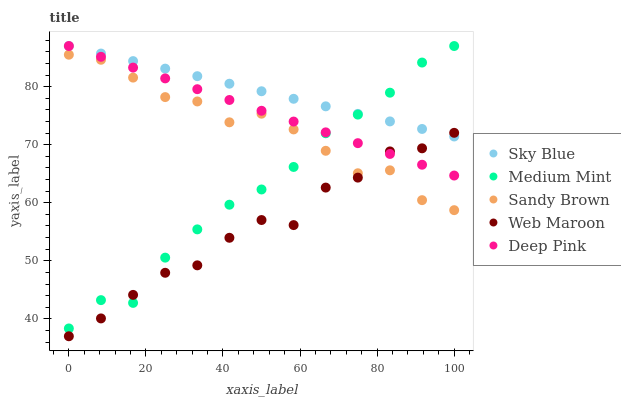
| xaxis_label | Sky Blue | Medium Mint | Sandy Brown | Web Maroon | Deep Pink |
 | --- | --- | --- | --- | --- | --- |
 | 0 | 87 | 38.3 | 85.5 | 37 | 87 |
 | 8.33 | 85.7 | 43.2 | 84.6 | 40.1 | 85.1 |
 | 16.7 | 84.4 | 42.7 | 81.6 | 44.1 | 83.3 |
 | 25 | 83.1 | 50.5 | 78.2 | 47.9 | 81.4 |
 | 33.3 | 81.8 | 55.4 | 77.4 | 49.2 | 79.6 |
 | 41.7 | 80.5 | 59.7 | 73.9 | 54 | 77.7 |
 | 50 | 79.2 | 62.3 | 75.3 | 57 | 75.8 |
 | 58.3 | 77.9 | 66.2 | 72.6 | 56.2 | 74 |
 | 66.7 | 76.6 | 72 | 68.9 | 62.6 | 72.1 |
 | 75 | 75.3 | 75.2 | 65.1 | 64.3 | 70.3 |
 | 83.3 | 74 | 79 | 65.6 | 68.8 | 68.4 |
 | 91.7 | 72.7 | 84.2 | 60.4 | 69.4 | 66.5 |
 | 100 | 71.4 | 87 | 58.7 | 72 | 64.7 |